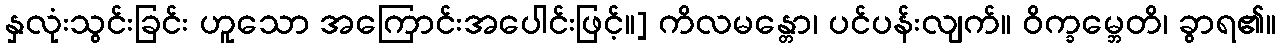
နှလုံးသွင်းခြင်း ဟူသော အကြောင်းအပေါင်းဖြင့်။] ကိလမန္တော၊ ပင်ပန်းလျက်။ ဝိက္ခမ္ဘေတိ၊ ခွာရ၏။